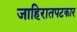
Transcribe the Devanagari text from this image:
जाहिरातपटकार